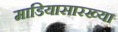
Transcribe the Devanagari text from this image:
माडियासारख्या